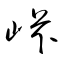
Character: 峠